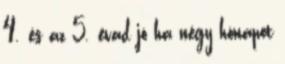
4. és az 5. évad jó ha négy hónapot